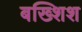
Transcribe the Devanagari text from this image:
बख्शिश